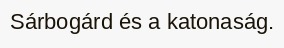
Sárbogárd és a katonaság.